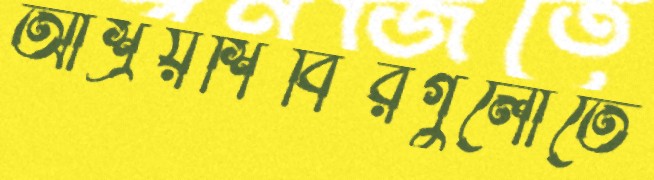
আশ্রয়শিবিরগুলোতে